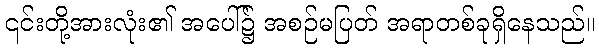
၎င်းတို့အားလုံး၏ အပေါ်၌ အစဉ်မပြတ် အရာတစ်ခုရှိနေသည်။